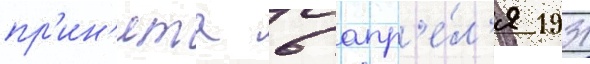
пр'ин'ята 6 апр'е́л'я 1931